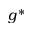
g ^ { * }